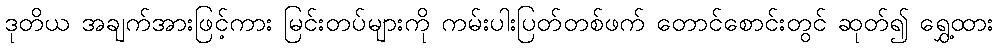
ဒုတိယ အချက်အားဖြင့်ကား မြင်းတပ်များကို ကမ်းပါးပြတ်တစ်ဖက် တောင်စောင်းတွင် ဆုတ်၍ ရွှေ့ထား